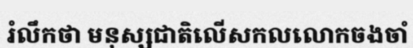
រំលឹកថា មនុស្សជាតិលើសកលលោកចងចាំ